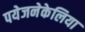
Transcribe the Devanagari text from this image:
पयेजनेकेलिया